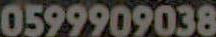
0599909038